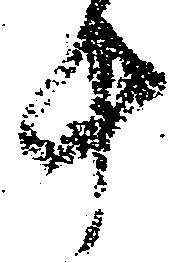
十